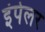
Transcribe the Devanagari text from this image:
इंपेलर